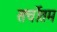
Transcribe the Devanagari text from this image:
सर्चोतम